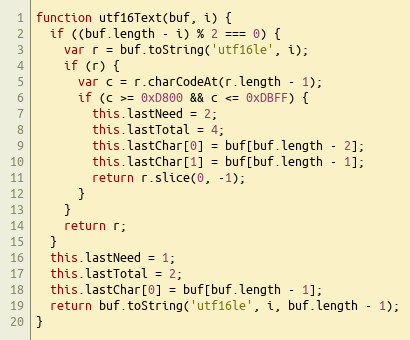
Language: JavaScript
function utf16Text(buf, i) {
  if ((buf.length - i) % 2 === 0) {
    var r = buf.toString('utf16le', i);
    if (r) {
      var c = r.charCodeAt(r.length - 1);
      if (c >= 0xD800 && c <= 0xDBFF) {
        this.lastNeed = 2;
        this.lastTotal = 4;
        this.lastChar[0] = buf[buf.length - 2];
        this.lastChar[1] = buf[buf.length - 1];
        return r.slice(0, -1);
      }
    }
    return r;
  }
  this.lastNeed = 1;
  this.lastTotal = 2;
  this.lastChar[0] = buf[buf.length - 1];
  return buf.toString('utf16le', i, buf.length - 1);
}